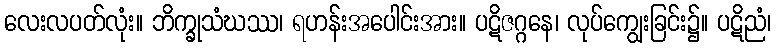
လေးလပတ်လုံး။ ဘိက္ခုသံဃဿ၊ ရဟန်းအပေါင်းအား။ ပဋိဇဂ္ဂနေ၊ လုပ်ကျွေးခြင်း၌။ ပဋိညံ၊